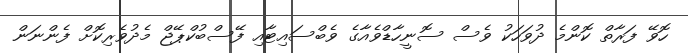
ހޮވޭ ފަރާތް ކޮންމެ ދުވަހަކު ވެސް ސޮނީހާޑްވެއާގެ ވެބްސައިޓާއި ފޭސްބުކްޕޭޖް މެދުވެރިކޮށް ފެންނަން